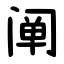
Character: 阐